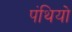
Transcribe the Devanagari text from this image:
पंथियो